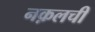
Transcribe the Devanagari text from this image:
नक़लची